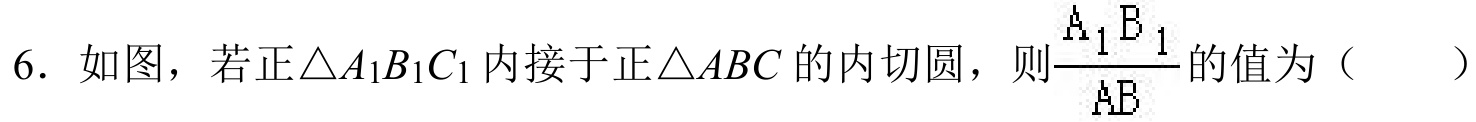
6. 如图，若正\(\triangle A_{1}B_{1}C_{1}\)内接于正\(\triangle ABC\)的内切圆，则\(\frac{A_{1}B_{1}}{AB}\)的值为（  ）